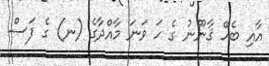
އާއި ބެހޭ ޤާނޫނު ގެ ހަ ވަނަ މާއްދާގެ (ނ) ގެ ފަސް